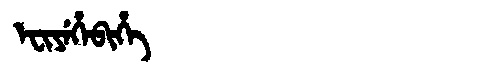
Manchu: ᡝᠸᡳᠶᡝᡥᡝᠪᡳᡥᡝ
Romanization: EFIYEHEBIHE